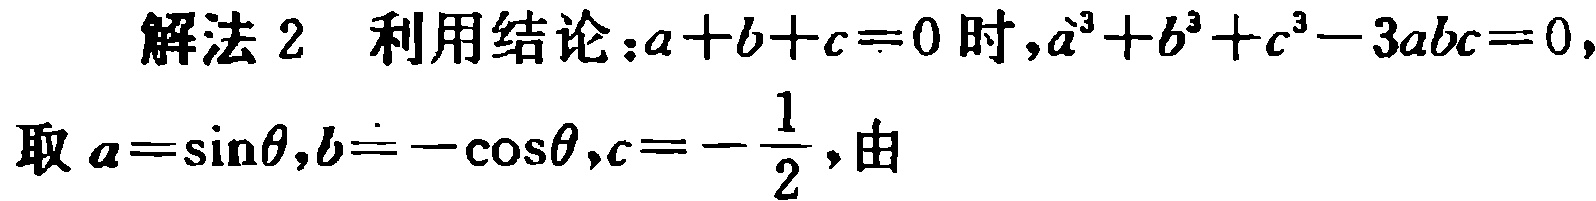
解法 2 利用结论：\(a + b + c = 0\) 时，\(a^{3}+b^{3}+c^{3}-3abc = 0\)，
取 \(a = \sin\theta\)，\(b = -\cos\theta\)，\(c = -\frac{1}{2}\)，由